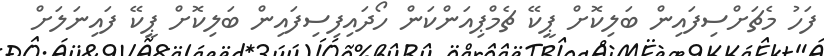
ފަހު މެޗަށްސިފައިން ބަލިކޮށް ޕީކޭ ޗެމްޕިއަންކަން ހޯދައިފިސިފައިން ބަލިކޮށް ޕީކޭ ފައިނަލަށް